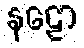
နဠော